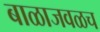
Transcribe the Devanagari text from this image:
बाळाजवळच